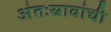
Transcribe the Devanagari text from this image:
अंतःस्रावांची